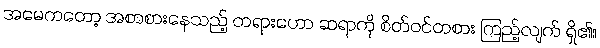
အမေကတော့ အစာစားနေသည့် တရားဟော ဆရာကို စိတ်ဝင်တစား ကြည့်လျက် ရှိ၏။